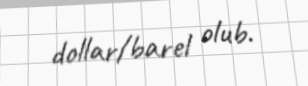
dollar/barel olub.